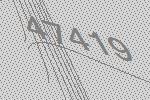
47419